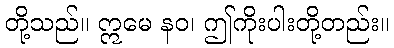
တို့သည်။ ဣမေ နဝ၊ ဤကိုးပါးတို့တည်း။